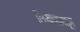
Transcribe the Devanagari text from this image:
लिखाणामधून